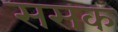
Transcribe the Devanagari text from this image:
ससक